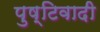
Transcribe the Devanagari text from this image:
पुष्टिवादी